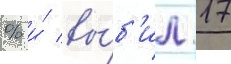
% и́ вы́б'ил 17